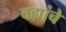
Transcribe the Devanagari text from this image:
वह्यांचे